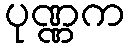
ပုဏ္ဏက